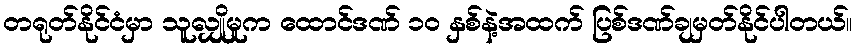
တရုတ်နိုင်ငံမှာ သူလျှိုမှုက ထောင်ဒဏ် ၁၀ နှစ်နဲ့အထက် ပြစ်ဒဏ်ချမှတ်နိုင်ပါတယ်။